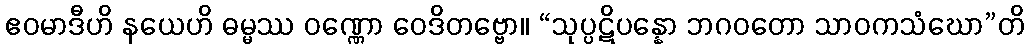
ဧဝမာဒီဟိ နယေဟိ ဓမ္မဿ ဝဏ္ဏော ဝေဒိတဗ္ဗော။ “သုပ္ပဋိပန္နော ဘဂဝတော သာဝကသံဃော”တိ